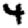
Digit: 4